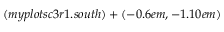
( m y p l o t s c 3 r 1 . s o u t h ) + ( - 0 . 6 e m , - 1 . 1 0 e m )